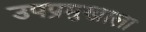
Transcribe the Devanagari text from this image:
उपप्रमुखाला